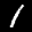
Label: 1